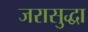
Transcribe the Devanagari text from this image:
जरासुद्धा